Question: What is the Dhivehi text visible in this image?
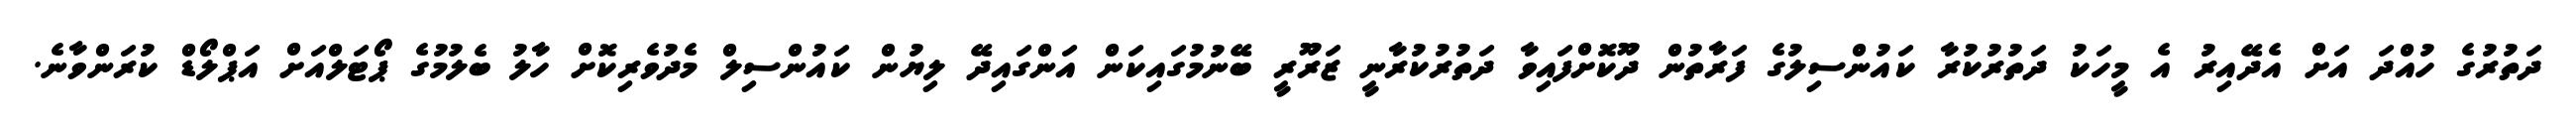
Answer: ދަތުރުގެ ހުއްދަ އަށް އެދޭއިރު އެ މީހަކު ދަތުރުކުރާ ކައުންސިލުގެ ފަރާތުން ދޫކޮށްފައިވާ ދަތުރުކުރާނީ ޒަރޫރީ ބޭނުމުގައިކަން އަންގައިދޭ ލިޔުން ކައުންސިލް މެދުވެރިކޮށް ހާލު ބެލުމުގެ ޕޯޓަލްއަށް އަޕްލޯޑް ކުރަންވާނެ.